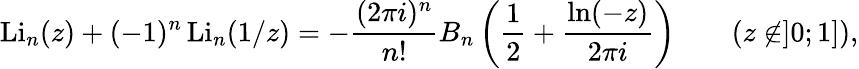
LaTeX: \operatorname{Li}_{n}(z)+(-1)^{n}\operatorname{Li}_{n}(1/z)=-{\frac{(2\pi i)^{n}}{n!}}B_{n}\left({\frac{1}{2}}+{\frac{\ln(-z)}{2\pi i}}\right)\qquad(z\not\in]0;1]),